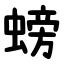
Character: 螃